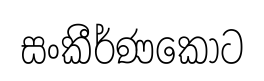
සංකීර්ණකොට